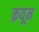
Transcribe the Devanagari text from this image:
क़यूम